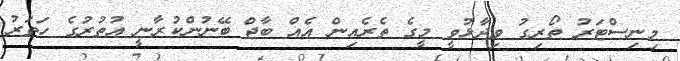
މިނިސްޓަރު ތޯރިގު ވިދާޅުވީ މީގެ ތެރެއިން އެއް ބާޖް ބޭނުންކުރާނީ އުތުރުގެ ހަތަރު